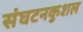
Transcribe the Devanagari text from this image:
संघटनकुशल